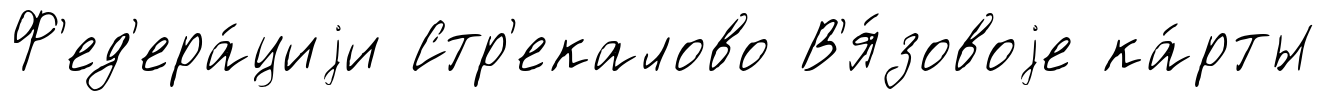
Ф'ед'ера́циjи Стр'екалово В'я́зовоjе ка́рты